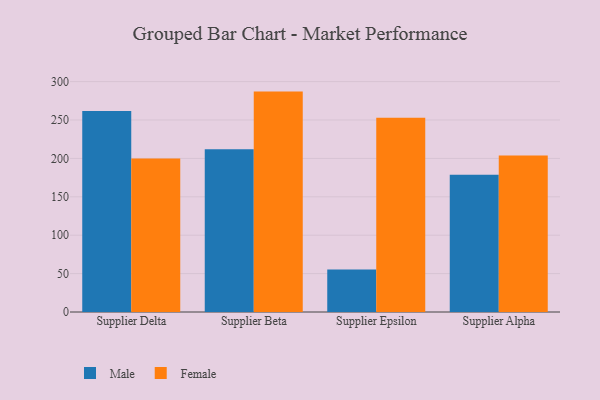
{"axis": {"x": "Supplier", "y": "Budget (USD K)"}, "legend": ["Female", "Male"], "data": [{"x": "Supplier Delta", "y": 261.6, "type": "Male"}, {"x": "Supplier Delta", "y": 199.8, "type": "Female"}, {"x": "Supplier Beta", "y": 211.9, "type": "Male"}, {"x": "Supplier Beta", "y": 287.0, "type": "Female"}, {"x": "Supplier Epsilon", "y": 55.5, "type": "Male"}, {"x": "Supplier Epsilon", "y": 252.9, "type": "Female"}, {"x": "Supplier Alpha", "y": 178.6, "type": "Male"}, {"x": "Supplier Alpha", "y": 203.8, "type": "Female"}]}